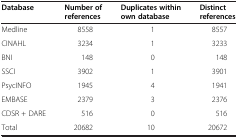
<table><thead><tr><td><b>Database</b></td><td><b>Number of references</b></td><td><b>Duplicates within own database</b></td><td><b>Distinct references</b></td></tr></thead><tbody><tr><td>Medline</td><td>8558</td><td>1</td><td>8557</td></tr><tr><td>CINAHL</td><td>3234</td><td>1</td><td>3233</td></tr><tr><td>BNI</td><td>148</td><td>0</td><td>148</td></tr><tr><td>SSCI</td><td>3902</td><td>1</td><td>3901</td></tr><tr><td>PsycINFO</td><td>1945</td><td>4</td><td>1941</td></tr><tr><td>EMBASE</td><td>2379</td><td>3</td><td>2376</td></tr><tr><td>CDSR + DARE</td><td>516</td><td>0</td><td>516</td></tr><tr><td>Total</td><td>20682</td><td>10</td><td>20672</td></tr></tbody></table>